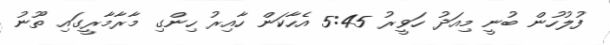
ފުލުހުން ބުނީ މިއަދު ހަވީރު 5:45 އެހާކަން ހާއިރު ހިންގި މާރާމާރީގައި ތޫނު